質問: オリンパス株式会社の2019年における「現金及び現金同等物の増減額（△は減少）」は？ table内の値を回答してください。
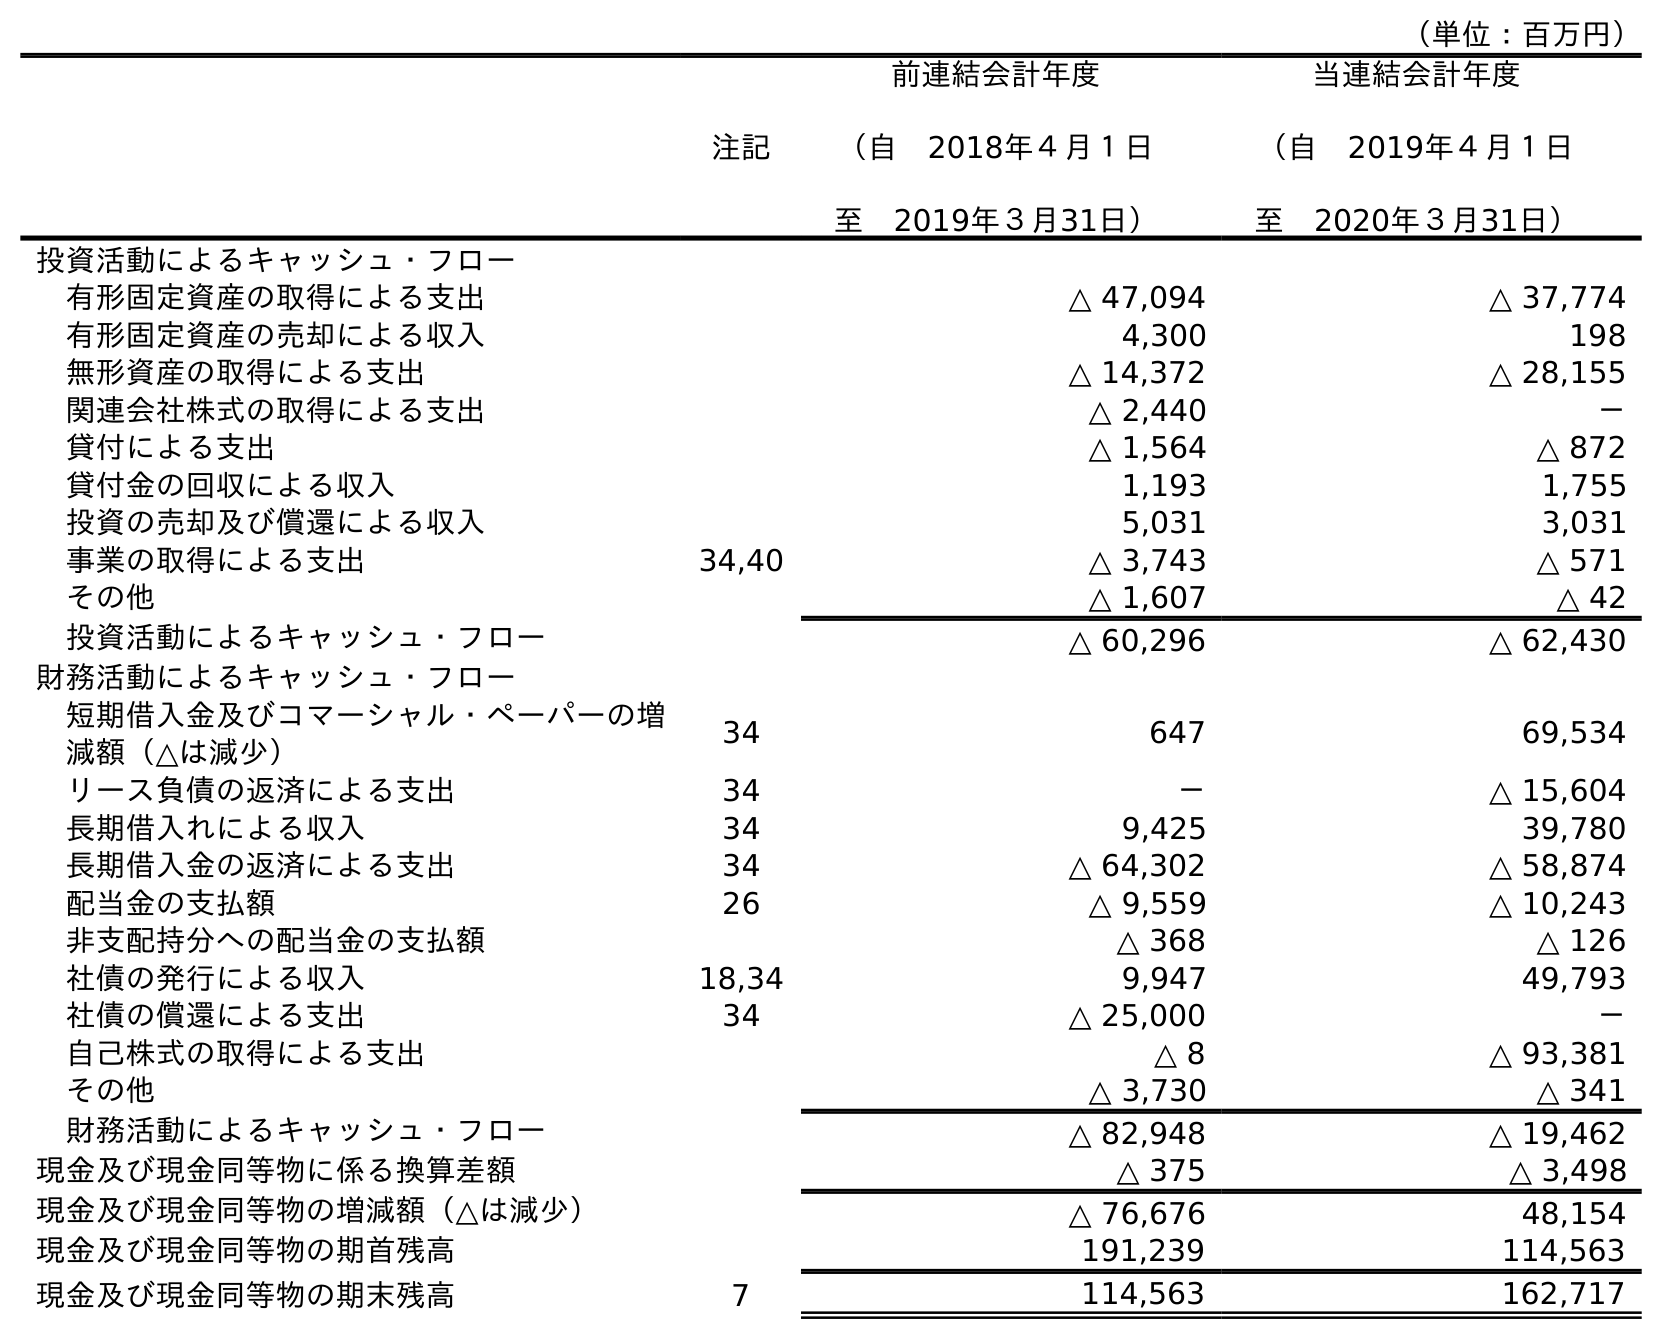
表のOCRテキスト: （単位：百万円） 注記 前連結会計年度 （自 2018年４月１日 至 2019年３月31日） 当連結会計年度 （自 2019年４月１日 至 2020年３月31日） 投資活動によるキャッシュ・フロー 有形固定資産の取得による支出 △ 47,094 △ 37,774 有形固定資産の売却による収入 4,300 198 無形資産の取得による支出 △ 14,372 △ 28,155 関連会社株式の取得による支出 △ 2,440 － 貸付による支出 △ 1,564 △ 872 貸付金の回収による収入 1,193 1,755 投資の売却及び償還による収入 5,031 3,031 事業の取得による支出 34,40 △ 3,743 △ 571 その他 △ 1,607 △ 42 投資活動によるキャッシュ・フロー △ 60,296 △ 62,430 財務活動によるキャッシュ・フロー 短期借入金及びコマーシャル・ペーパーの増 減額（△は減少） 34 647 69,534 リース負債の返済による支出 34 － △ 15,604 長期借入れによる収入 34 9,425 39,780 長期借入金の返済による支出 34 △ 64,302 △ 58,874 配当金の支払額 26 △ 9,559 △ 10,243 非支配持分への配当金の支払額 △ 368 △ 126 社債の発行による収入 18,34 9,947 49,793 社債の償還による支出 34 △ 25,000 － 自己株式の取得による支出 △ 8 △ 93,381 その他 △ 3,730 △ 341 財務活動によるキャッシュ・フロー △ 82,948 △ 19,462 現金及び現金同等物に係る換算差額 △ 375 △ 3,498 現金及び現金同等物の増減額（△は減少） △ 76,676 48,154 現金及び現金同等物の期首残高 191,239 114,563 現金及び現金同等物の期末残高 7 114,563 162,717
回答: △76,676